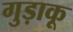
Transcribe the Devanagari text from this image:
गुड़ाकू